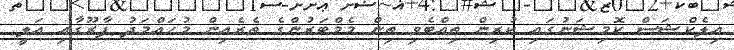
އިލެކްޝަސް ކޮމިޝަނުގައި ކުރިން ތިއްބެވި ތިން މެމްބަރުންގެ ތެރެއިން މުހައްމަދު ފާރޫގާއި އަލީ